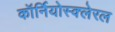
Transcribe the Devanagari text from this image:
कॉर्नियोस्क्लेरल